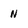
Character: n